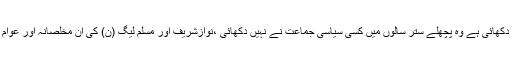
انہوںنے کہاکہ وسائل کی فراہمی کے حوالے سے جو فراخدلی مسلم لیگ (ن) کی وفاقی حکومت نے دکھائی ہے وہ پچھلے ستر سالوں میں کسی سیاسی جماعت نے نہیں دکھائی ،نوازشریف اور مسلم لیگ (ن) کی ان مخلصانہ اور عوام دوست پالیسیز کی وجہ سے آزادکشمیر بھی دیگر علاقوںکی طرح مسلم لیگ(ن) کا گڑھ بن چکا ہے۔